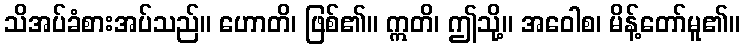
သိအပ်ခံစားအပ်သည်။ ဟောတိ၊ ဖြစ်၏။ ဣတိ၊ ဤသို့။ အဝေါစ၊ မိန့်တော်မူ၏။